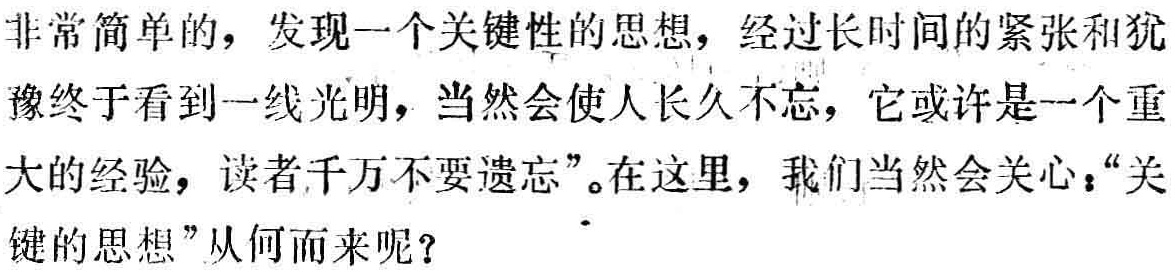
非常简单的，发现一个关键性的思想，经过长时间的紧张和犹豫终于看到一线光明，当然会使人长久不忘，它或许是一个重大的经验，读者千万不要遗忘”。在这里，我们当然会关心：“关键的思想”从何而来呢？